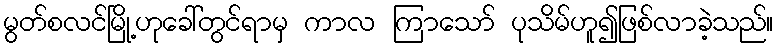
မွတ်စလင်မြို့ဟုခေါ်တွင်ရာမှ ကာလ ကြာသော် ပုသိမ်ဟူ၍ဖြစ်လာခဲ့သည်။